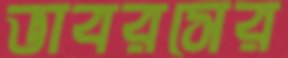
ভাবরসের